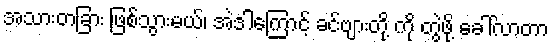
အသားတခြား ဖြစ်သွားမယ်၊ အဲဒါကြောင့် ခင်ဗျားတို့ ကို တွဲဖို့ ခေါ်လာတာ